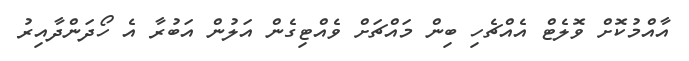
އާއްމުކޮށް ވޮލެޓް އެއްޗެހި ބިން މައްޗަށް ވެއްޓިގެން އަލުން އަބުރާ އެ ހޯދަންދާއިރު